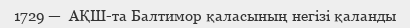
1729 —  АҚШ-та Балтимор қаласының негізі қаланды